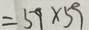
= 5 9 \times 5 9